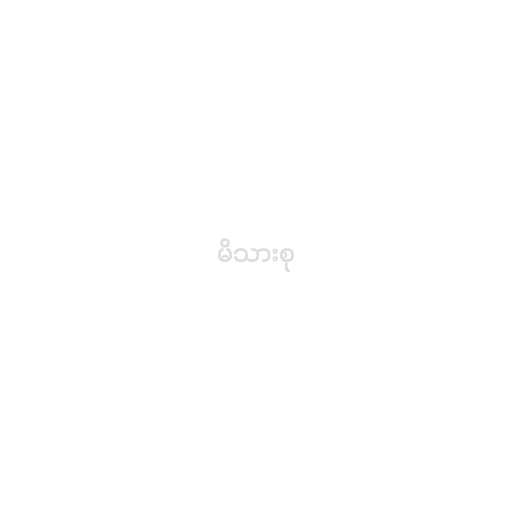
မိသားစု